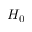
H _ { 0 }